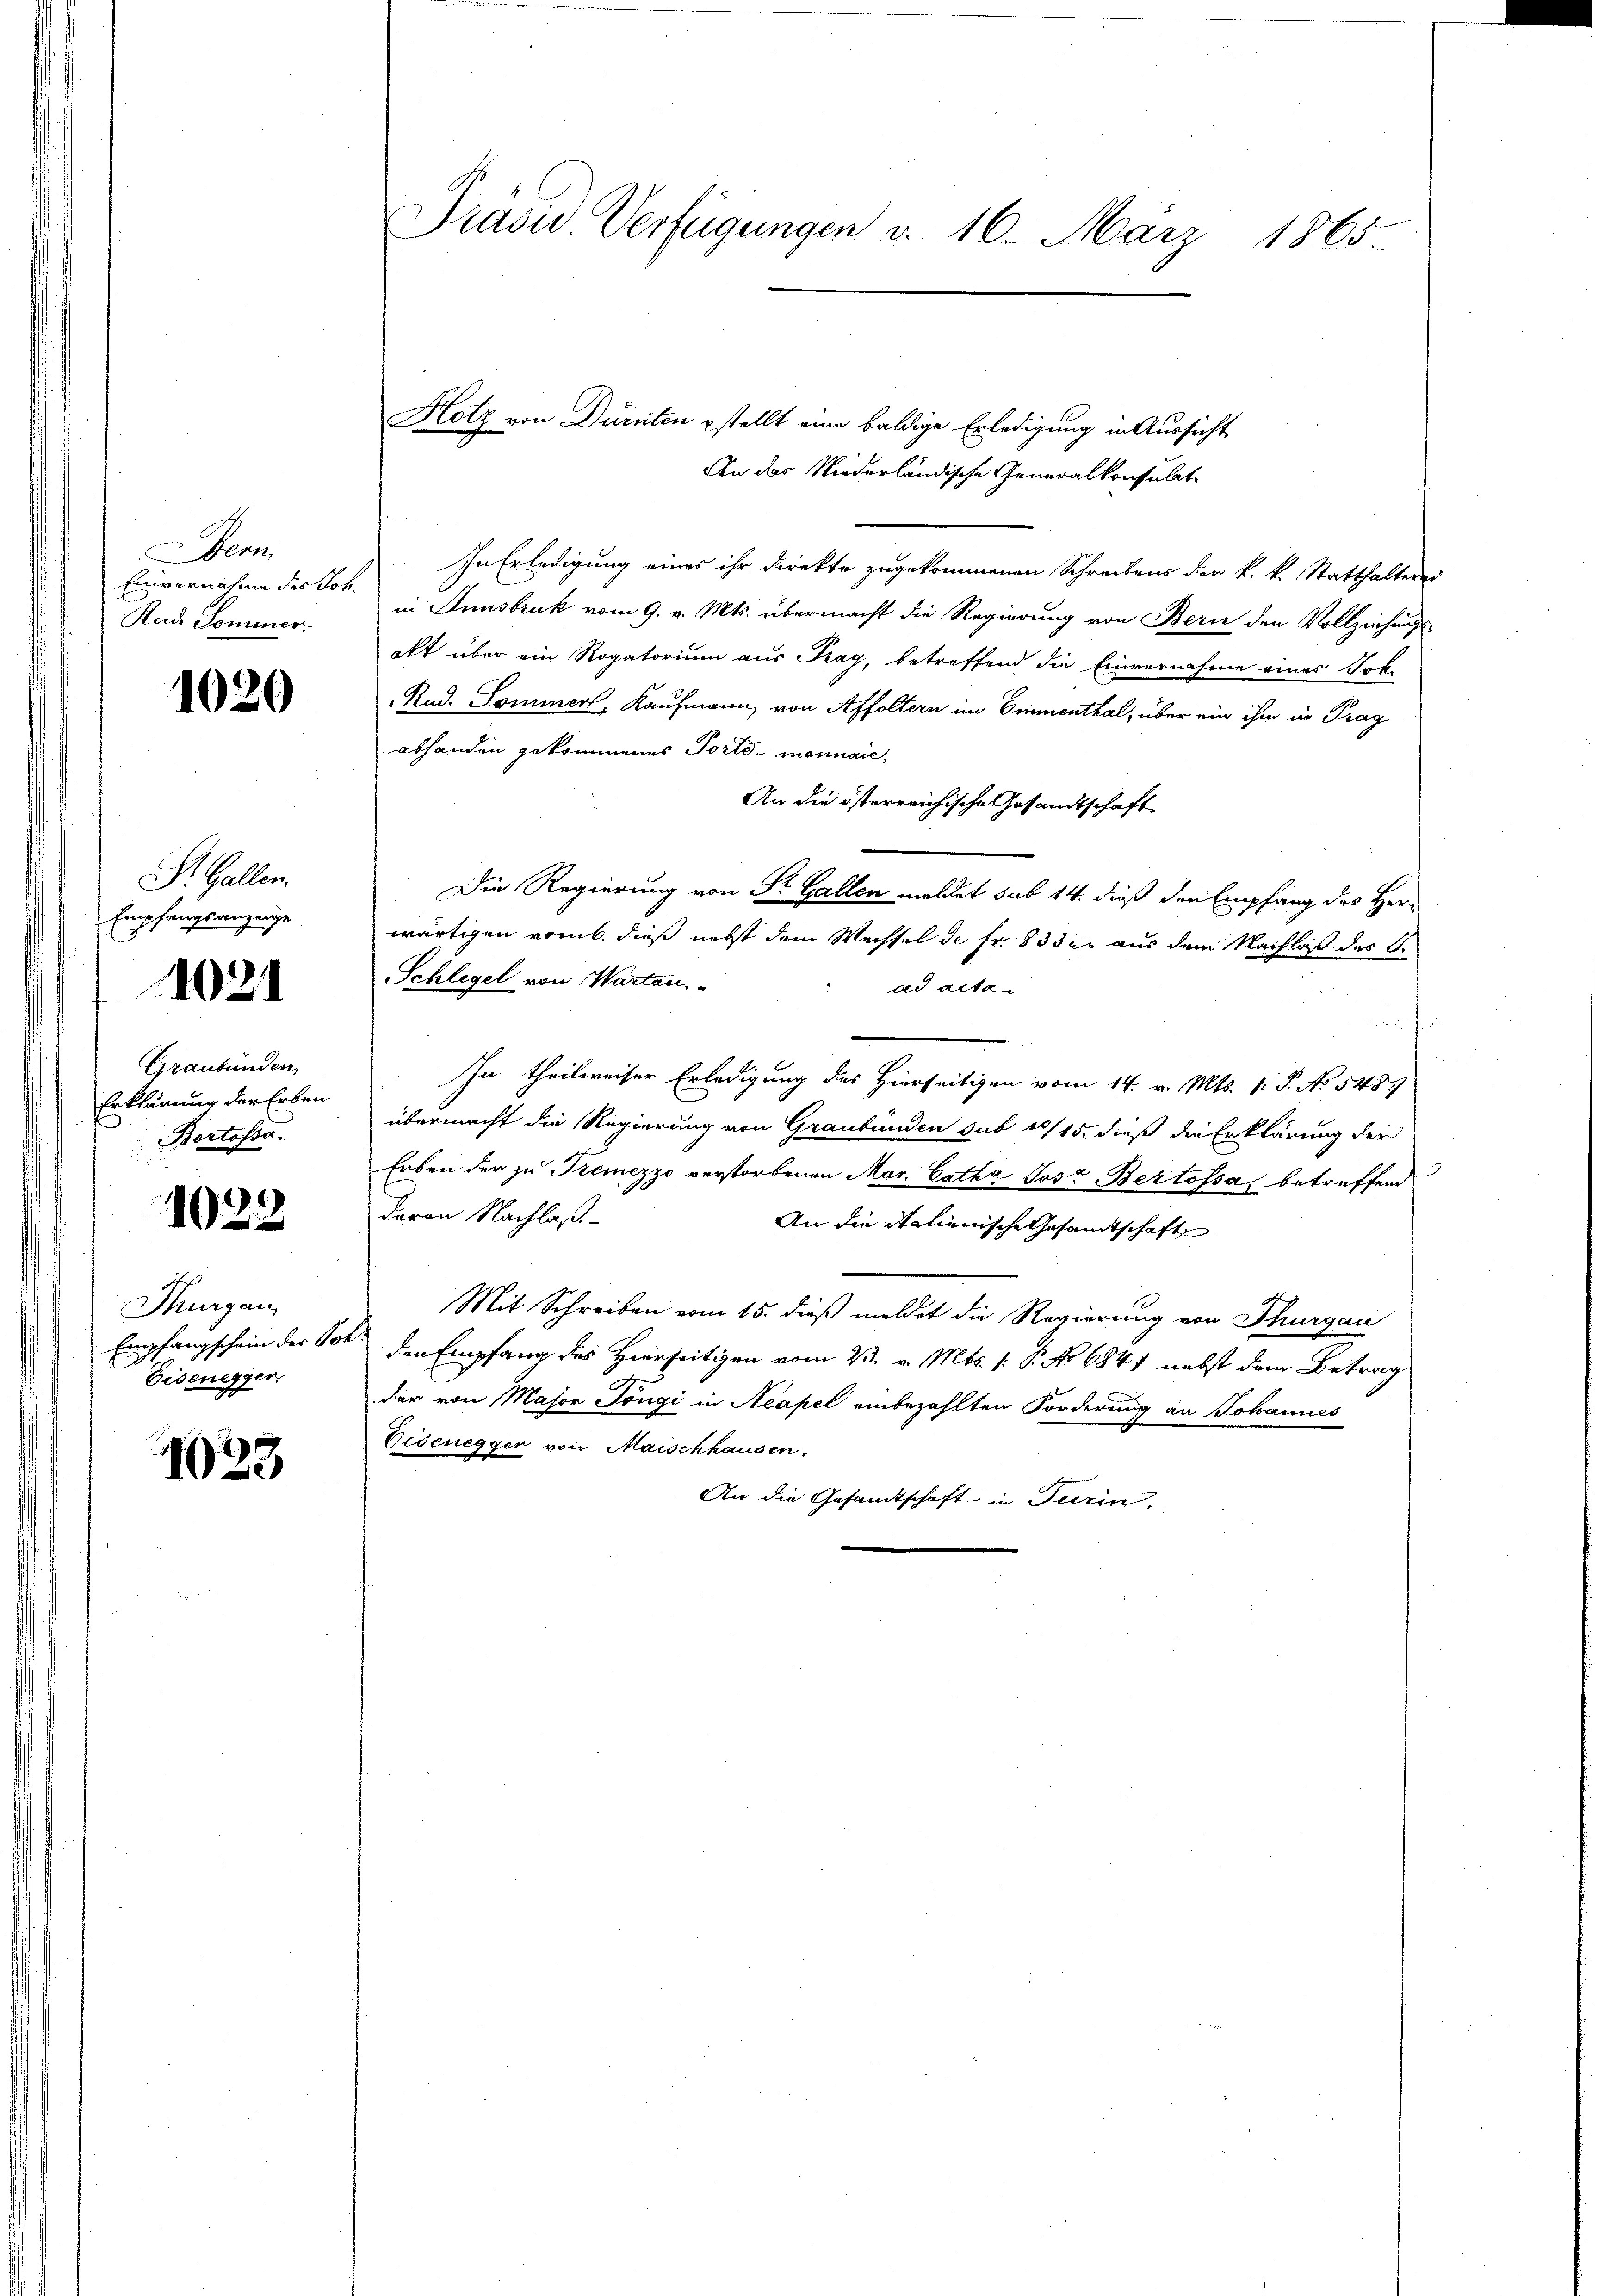
Wenn
Einvernahme des Joh.
Rad Tominer

1020

St. Gallen.
Empfangsanzeige.
1021

Graubünden
Erklärung der Erben
Bortosa.
d

1022

h
Thurgau
Empfangschein der Sch
Eisenegger

1.)
1

Prävid Verfügungen d. 16. März
1865.

Hotz von Dürnten estellt eine baldige Erledigung in Aussicht
An das Niederländische Generalkonsulate
In Erledigung eines ihr direkte zugekommenen Schreibens der k. k. Statthaltern
in Innsbruk vom 9. v. Mts. übermacht die Regierung von Bern den Vollziehungs-
oft über ein Rogatorium aus Krag, betreffend die Einvernahme eines Sok
Rud. Tominer, Kaufmann von Affoltern im Emmenthal, über ein ihm in Trag
abhanden gekommenes Tortemonnaie,
An die österreichische Gesandtschaft
Die Regierung von Sr. Gallen meldet sub 14. dieß den Empfang des Herwärtigen vomb. dieß nebst dem Wechsel de fr. 83 der aus dem Nachlaß des C.
Schlegel von Wartau
ad acta.
f

In theilweiser Erledigung des Hierseitigen vom 14. v. Mts. 1. P. No 5487
übermacht die Regierung von Graubünden sub 1815, dieß die Erklärung der
Erben der zu Tiemezzo verstorbenen Mar. Catha Jost Bertossa betreffend
deren Nachlaß
An die Italienische Gesamtschafte
Mit Schreiben vom 15. dieß meldet die Regierung von Thurgau
den Empfang des Hierseitigen vom 23. v. Mts. 1. P. No 6847 nebst dem Betrag
der von Major Jöngi in Neapel einbezahlten Forderung an Johannes
Eisenegger von Maischhausen.
An die Gesamtschaft in Turin